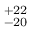
^ { + 2 2 } _ { - 2 0 }